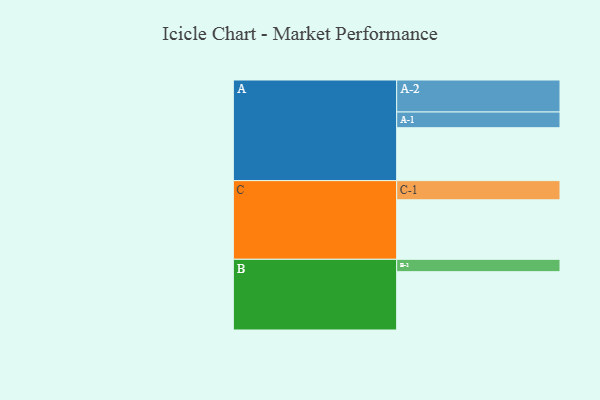
{"axis": {"x": "Segment", "y": "Value"}, "legend": ["", "A", "B", "C"], "data": [{"x": "A", "y": 410, "type": ""}, {"x": "B", "y": 452, "type": ""}, {"x": "C", "y": 461, "type": ""}, {"x": "A-1", "y": 122, "type": "A"}, {"x": "A-2", "y": 248, "type": "A"}, {"x": "B-1", "y": 96, "type": "B"}, {"x": "C-1", "y": 149, "type": "C"}]}